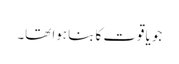
جو یاقوت کا بنا ہوا تھا۔